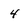
Character: 4